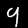
Label: 9